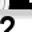
Digit: 2